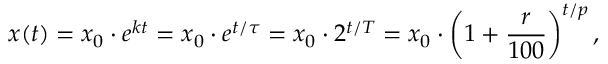
x ( t ) = x _ { 0 } \cdot e ^ { k t } = x _ { 0 } \cdot e ^ { t / \tau } = x _ { 0 } \cdot 2 ^ { t / T } = x _ { 0 } \cdot \left( 1 + { \frac { r } { 1 0 0 } } \right) ^ { t / p } ,